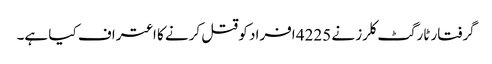
گرفتار ٹارگٹ کلرز نے 4225 افراد کو قتل کرنے کا اعتراف کیا ہے۔